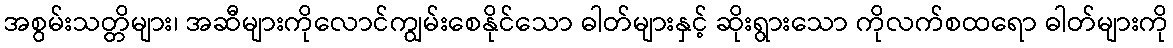
အစွမ်းသတ္တိများ၊ အဆီများကိုလောင်ကျွမ်းစေနိုင်သော ဓါတ်များနှင့် ဆိုးရွားသော ကိုလက်စထရော ဓါတ်များကို